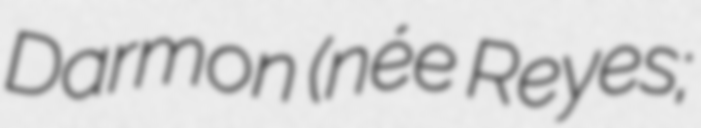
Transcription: Darmon (née Reyes;